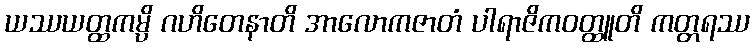
ယဿယတ္ထကမ္ပိ ဂဟိတေနာတိ အာလောကဇာတံ ပါရာဇိကဝတ္ထူတိ ကတ္တရဿ